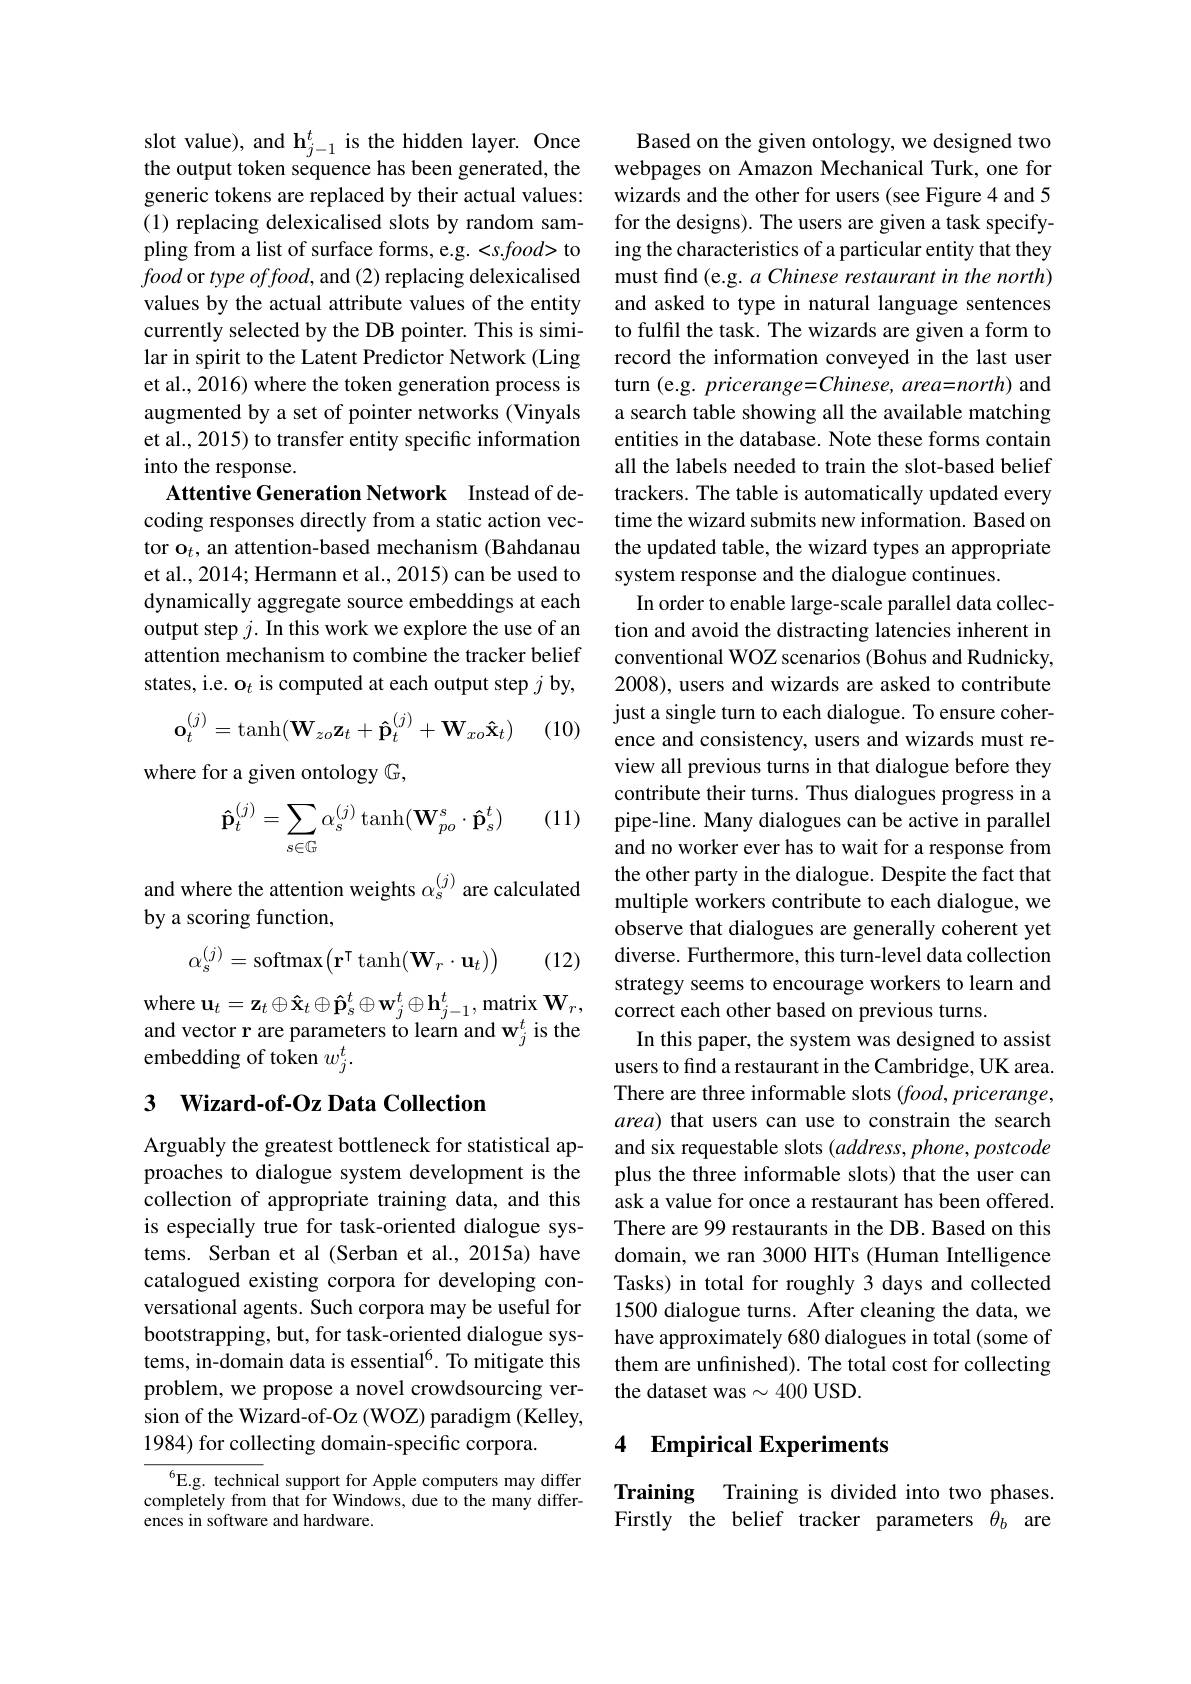
slot value), and $\mathbf{h}_{j-1}^{t}$ is the hidden layer. Once the output token sequence has been generated, the generic tokens are replaced by their actual values: (1) replacing delexicalised slots by random sampling from a list of surface forms, e.g. <s.food> to food or type offood, and (2) replacing delexicalised values by the actual attribute values of the entity currently selected by the DB pointer. This is similar in spirit to the Latent Predictor Network (Ling et al., 2016) where the token generation process is augmented by a set of pointer networks (Vinyals et al., 2015) to transfer entity specific information into the response.
Attentive Generation Network Instead of decoding responses directly from a static action vector o$_t$, an attention-based mechanism (Bahdanau et al., 2014; Hermann et al., 2015) can be used to dynamically aggregate source embeddings at each output step $j.$ In this work we explore the use of an attention mechanism to combine the tracker belief states, i.e. $\mathbf{o}_t$ is computed at each output step $j$ by,
$$\mathbf{o}_{t}^{(j)}=\tanh(\mathbf{W}_{zo}\mathbf{z}_{t}+\mathbf{\hat{p}}_{t}^{(j)}+\mathbf{W}_{xo}\mathbf{\hat{x}}_{t})$$
(10)

where for a given ontology $\mathbb{G}$,

(11)
$$\mathbf{\hat{p}}_t^{(j)}=\sum_{s\in\mathbb{G}}\alpha_s^{(j)}\operatorname{tanh}(\mathbf{W}_{po}^s\cdot\mathbf{\hat{p}}_s^t)$$
and where the attention weights $\alpha_\mathrm{s}^{(j)}$ are calculated
by a scoring function,
$$\alpha_s^{(j)}=\mathrm{softmax}\big(\mathbf{r}^\intercal\tanh(\mathbf{W}_r\cdot\mathbf{u}_t)\big)$$
(12)

$\mathbf{where~u}_{t}=\mathbf{z}_{t}\oplus\mathbf{\hat{x}}_{t}\oplus\mathbf{\hat{p}}_{s}^{t}\oplus\mathbf{w}_{j}^{t}\oplus\mathbf{h}_{j-1}^{t}$,matrix$\mathbf{W}_{r}$, and vector r are parameters to learn and $\mathbf{w}_j^{t}$ is the embedding of token $w_j^t.$

## 3 Wizard-of-Oz Data Collection

Arguably the greatest bottleneck for statistical approaches to dialogue system development is the collection of appropriate training data, and this is especially true for task-oriented dialogue systems. Serban et al (Serban et al., 2015a) have catalogued existing corpora for developing conversational agents. Such corpora may be useful for bootstrapping, but, for task-oriented dialogue systems, in-domain data is essential$^{6}$. To mitigate this problem, we propose a novel crowdsourcing version of the Wizard-of-Oz (WOZ) paradigm (Kelley, 1984) for collecting domain-specific corpora.

$^{6}$E.g. technical support for Apple computers may differ completely from that for Windows, due to the many differences in software and hardware.

Based on the given ontology, we designed two webpages on Amazon Mechanical Turk, one for wizards and the other for users (see Figure 4 and 5 for the designs). The users are given a task specifying the characteristics of a particular entity that they must find (e.g. a Chinese restaurant in the north) and asked to type in natural language sentences to fulfil the task. The wizards are given a form to record the information conveyed in the last user turn (e.g. pricerange=Chinese, area=north) and a search table showing all the available matching entities in the database. Note these forms contain all the labels needed to train the slot-based belief trackers. The table is automatically updated every time the wizard submits new information. Based on the updated table, the wizard types an appropriate system response and the dialogue continues.
In order to enable large-scale parallel data collection and avoid the distracting latencies inherent in conventional WOZ scenarios (Bohus and Rudnicky, 2008), users and wizards are asked to contribute just a single turn to each dialogue. To ensure coherence and consistency, users and wizards must review all previous turns in that dialogue before they contribute their turns. Thus dialogues progress in a pipe-line. Many dialogues can be active in parallel and no worker ever has to wait for a response from the other party in the dialogue. Despite the fact that multiple workers contribute to each dialogue, we observe that dialogues are generally coherent yet diverse. Furthermore, this turn-level data collection strategy seems to encourage workers to learn and correct each other based on previous turns.
In this paper, the system was designed to assist users to find a restaurant in the Cambridge, UK area. There are three informable slots $(food,pricerange$, area) that users can use to constrain the search and six requestable slots $(address,phone,postcode$ plus the three informable slots) that the user can ask a value for once a restaurant has been offered. There are 99 restaurants in the DB. Based on this domain, we ran 3000 HITs (Human Intelligence Tasks) in total for roughly 3 days and collected 1500 dialogue turns. After cleaning the data, we have approximately 680 dialogues in total (some of them are unfinished). The total cost for collecting the dataset was $\sim400$ USD.

### 4 Empirical Experiments

Training Training is divided into two phases. Firstly the belief tracker parameters $\theta_b$ are